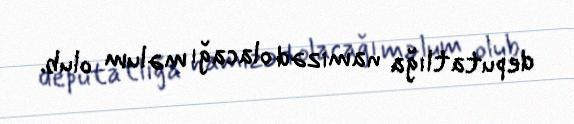
deputatlığa namizəd olacağı məlum olub.